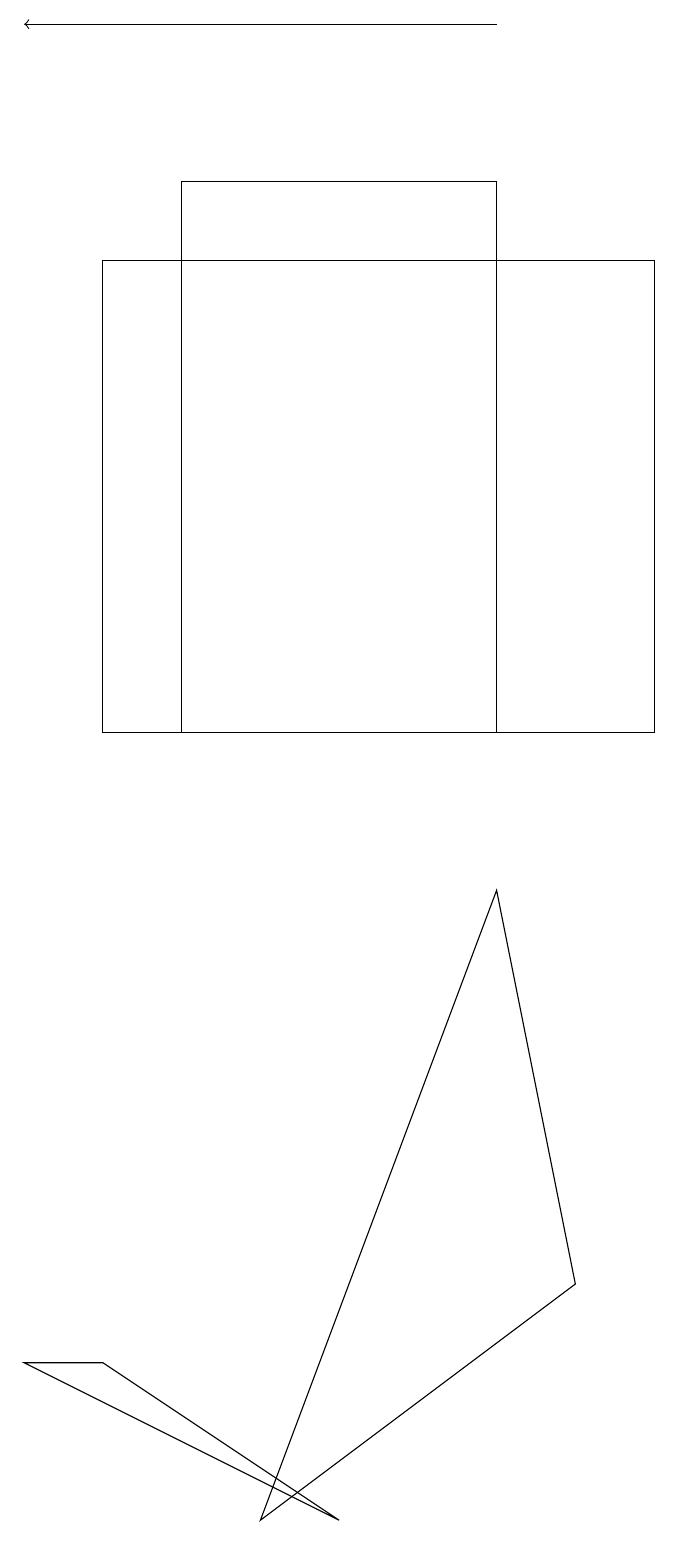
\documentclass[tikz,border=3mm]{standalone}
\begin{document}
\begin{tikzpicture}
\draw (1,16) rectangle (8,10);
\draw[->] (6,19) -- (0,19);
\draw (2,10) rectangle (6,17);
\draw (1,2) -- (4,0) -- (0,2) -- cycle;
\draw (7,3) -- (3,0) -- (6,8) -- cycle;
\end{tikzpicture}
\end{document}